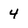
Character: 4